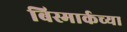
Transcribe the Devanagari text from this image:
बिस्मार्कच्या